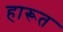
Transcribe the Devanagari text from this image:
हारूत